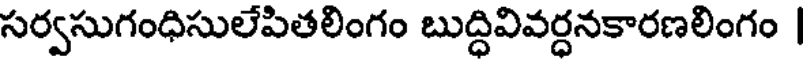
సర్వసుగంధిసులేపితలింగం బుద్ధివివర్ధనకారణలింగం